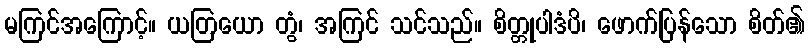
မကြင်အကြောင့်။ ယတြယော တွံ၊ အကြင် သင်သည်။ စိတ္တုပါဒံပိ၊ ဖောက်ပြန်သော စိတ်၏